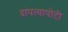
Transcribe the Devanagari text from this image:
दांपत्यापोटी